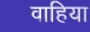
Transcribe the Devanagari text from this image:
वाहिया